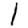
Digit: 1